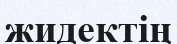
жидектің